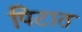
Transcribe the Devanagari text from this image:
पिटात